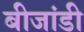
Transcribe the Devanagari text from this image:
बीजांडी